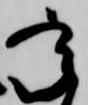
承